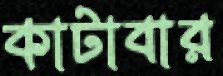
কাটাবার